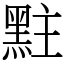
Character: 𪐴